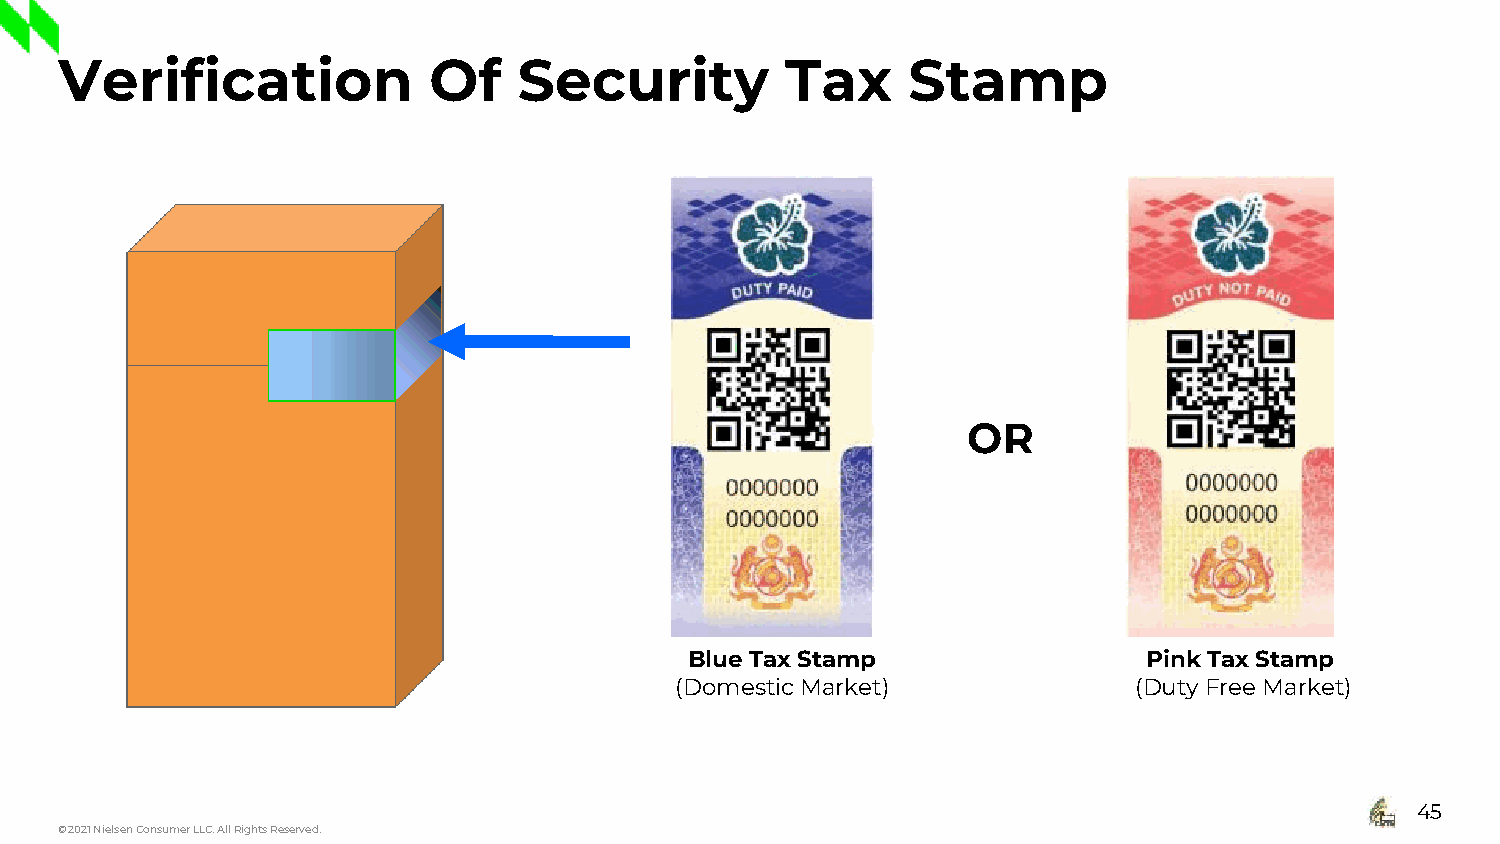
Verification            Of    Security          Tax     Stamp
 OR
 Blue Tax Stamp                Pink Tax Stamp
 (Domestic Market)             (Duty Free Market)
 45
 © 2021 Nielsen Consumer LLC. All Rights Reserved.